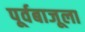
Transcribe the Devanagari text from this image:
पूर्वबाजूला